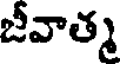
జీవాత్మ